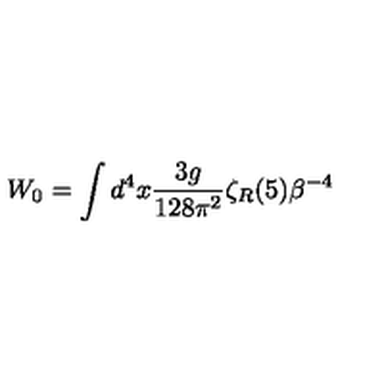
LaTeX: W _ { 0 } = \int d ^ { 4 } x { \frac { 3 g } { 1 2 8 \pi ^ { 2 } } } \zeta _ { R } ( 5 ) \beta ^ { - 4 }